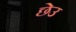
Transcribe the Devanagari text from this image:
छेउ